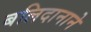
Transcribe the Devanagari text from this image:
बलिदानाने